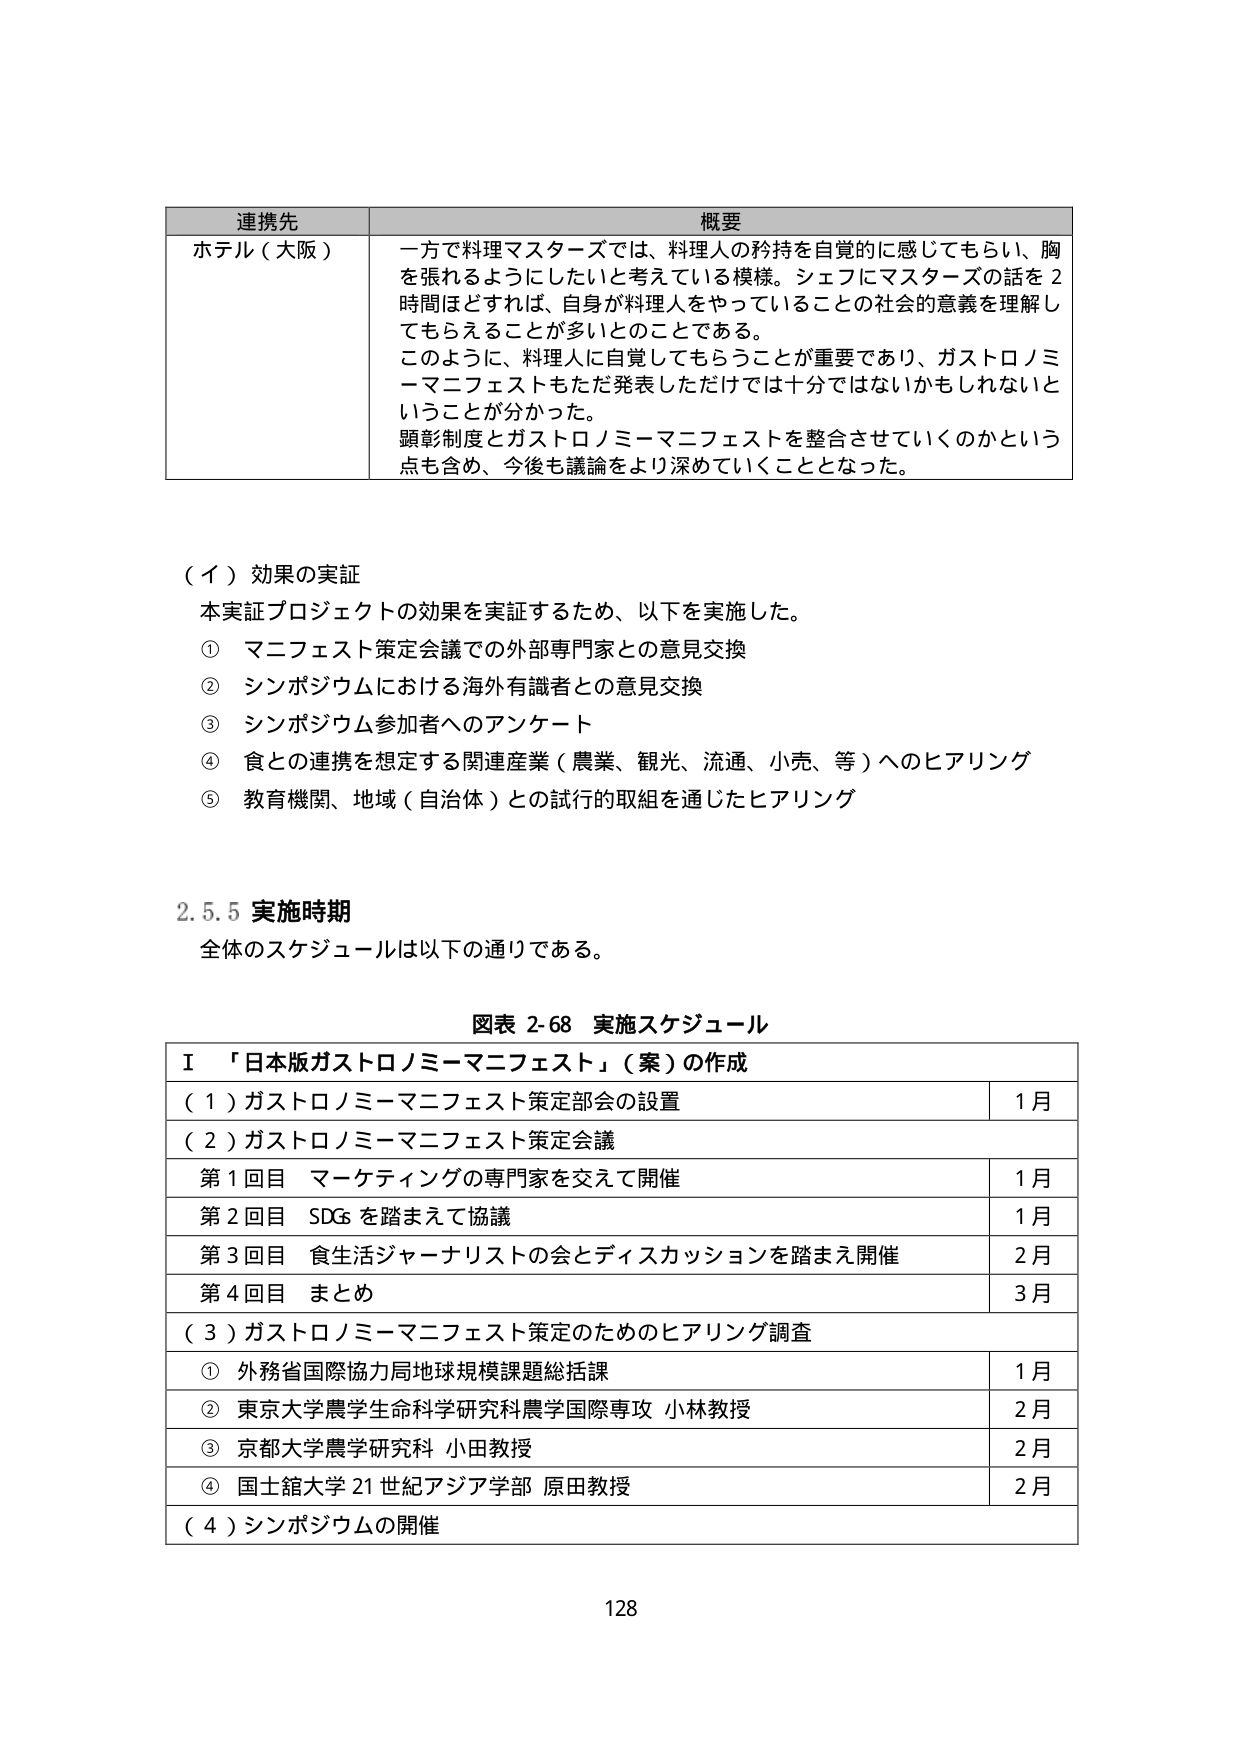
連携先 概要
ホテル（大阪） 一方で料理マスターズでは、料理人の矜持を自覚的に感じてもらい、胸を張れるようにしたいと考えている模様。シェフにマスターズの話を２時間ほどすれば、自身が料理人をやっていることの社会的意義を理解してもらえることが多いとのことである。
このように、料理人に自覚してもらうことが重要であり、ガストロノミーマニフェストもただ発表しただけでは十分ではないかもしれないということが分かった。
顕彰制度とガストロノミーマニフェストを整合させていくのかという点も含め、今後も議論をより深めていくこととなった。

（イ）効果の実証
本実証プロジェクトの効果を実証するため、以下を実施した。
① マニフェスト策定会議での外部専門家との意見交換
② シンポジウムにおける海外有識者との意見交換
③ シンポジウム参加者へのアンケート
④ 食との連携を想定する関連産業（農業、観光、流通、小売、等）へのヒアリング
⑤ 教育機関、地域（自治体）との試行的取組を通じたヒアリング

2.5.5 実施時期
全体のスケジュールは以下の通りである。

図表 2-68 実施スケジュール
Ⅰ 「日本版ガストロノミーマニフェスト」（案）の作成
（１）ガストロノミーマニフェスト策定部会の設置 1月
（２）ガストロノミーマニフェスト策定会議
第１回目 マーケティングの専門家を交えて開催 1月
第２回目 SDGsを踏まえて協議 1月
第３回目 食生活ジャーナリストの会とディスカッションを踏まえ開催 2月
第４回目 まとめ 3月
（３）ガストロノミーマニフェスト策定のためのヒアリング調査
① 外務省国際協力局地球規模課題総括課 1月
② 東京大学農学生命科学研究科農学国際専攻 小林教授 2月
③ 京都大学農学研究科 小田教授 2月
④ 国士舘大学21世紀アジア学部 原田教授 2月
（４）シンポジウムの開催

128